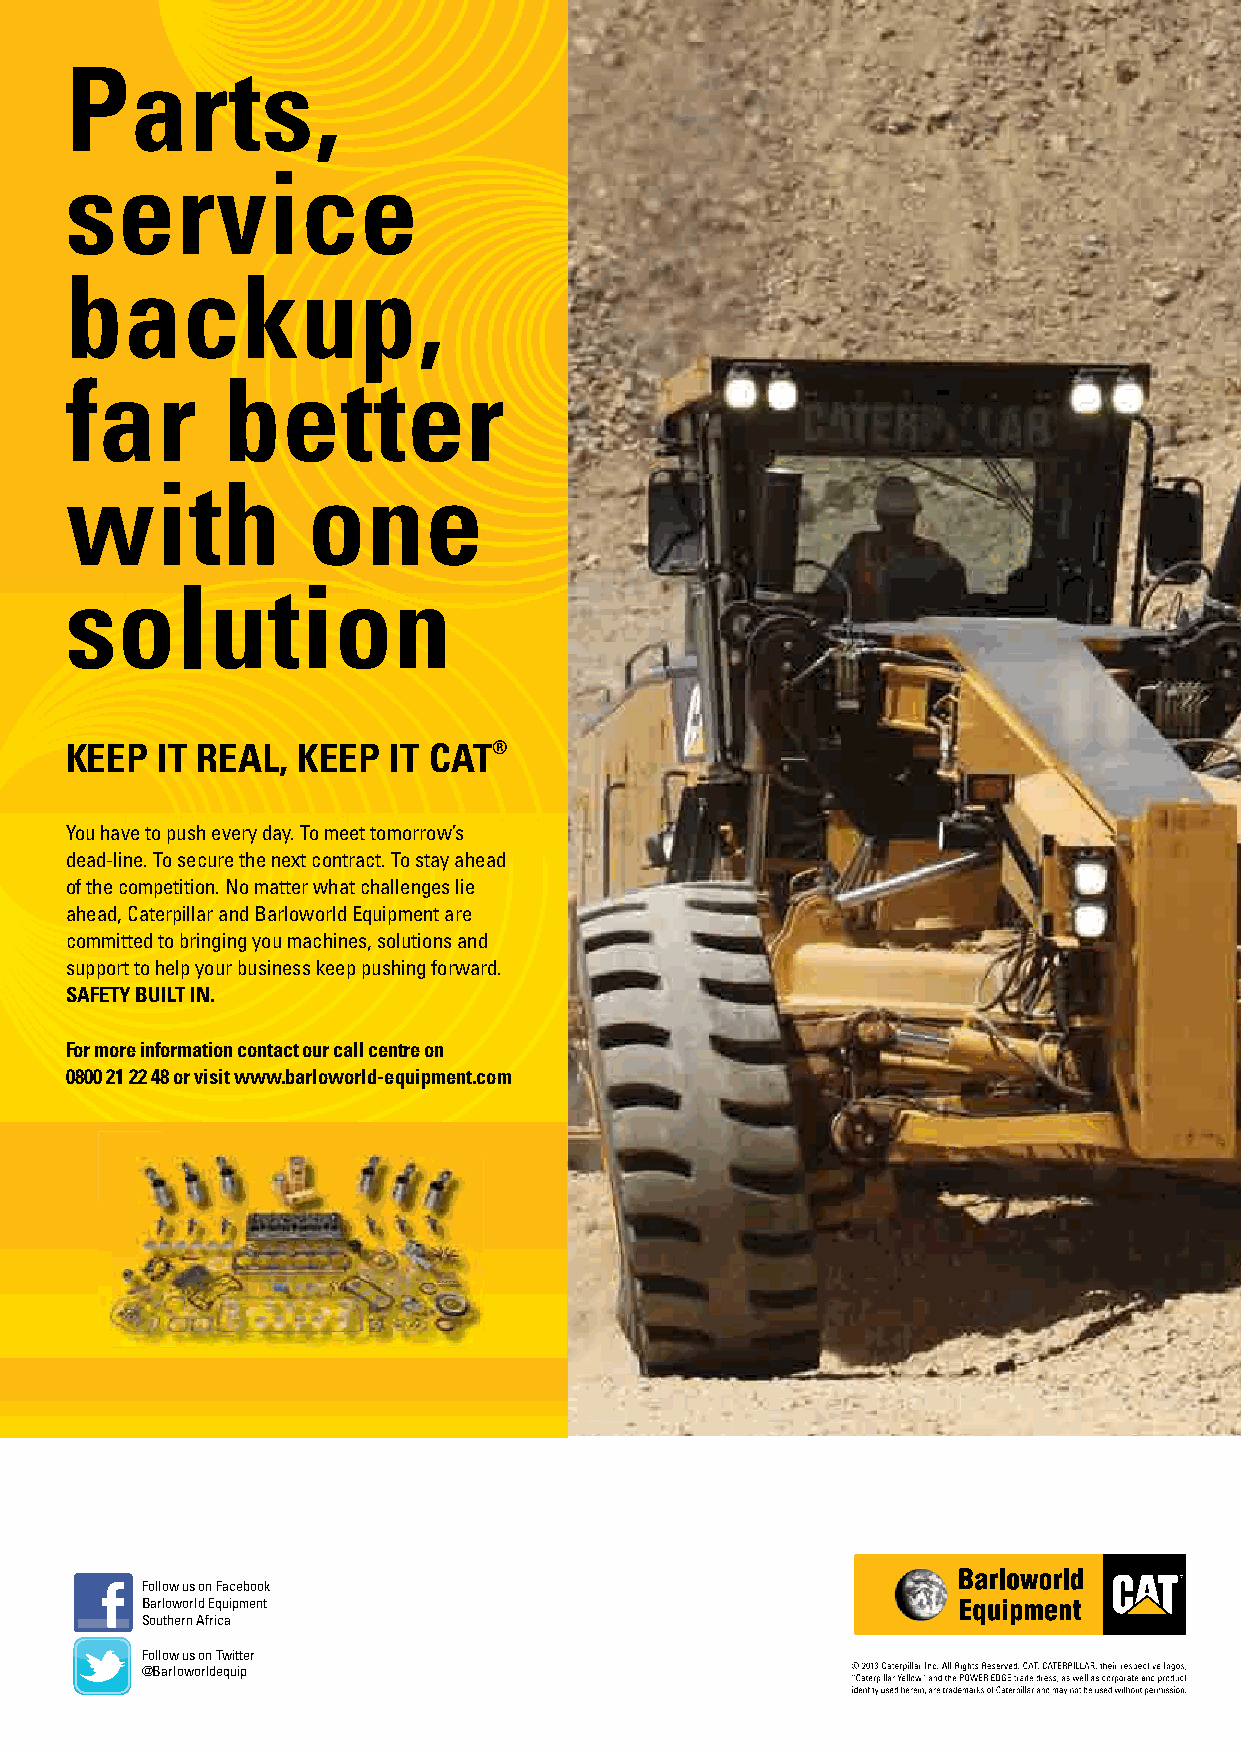
7
 Parts,
 service
 backup,
 far        better
 with            one
 solution
 KEEP  IT REAL,  KEEP  IT CAT®
 You have to push every day. To meet tomorrow’s
 dead-line. To secure the next contract. To stay ahead
 of the competition. No matter what challenges lie
 ahead, Caterpillar and Barloworld Equipment are
 committed to bringing you machines, solutions and
 support to help your business keep pushing forward.
 SAFETY BUILT IN.
 For more information contact our call centre on
 0800 21 22 48 or visit www.barloworld-equipment.com
 Follow us on Facebook
 Barloworld Equipment
 Southern Africa
 Follow us on Twitter
 @Barloworldequip
 Pg.7 A4.indd 1                                                          2013/05/31 10:40 AM